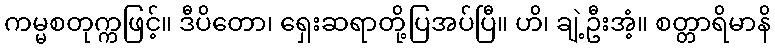
ကမ္မစတုက္ကဖြင့်။ ဒီပိတော၊ ရှေးဆရာတို့ပြအပ်ပြီ။ ဟိ၊ ချဲ့ဦးအံ့။ စတ္တာရိမာနိ